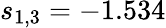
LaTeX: s_{1,3}=-1.534